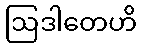
ဩဒါတေဟိ